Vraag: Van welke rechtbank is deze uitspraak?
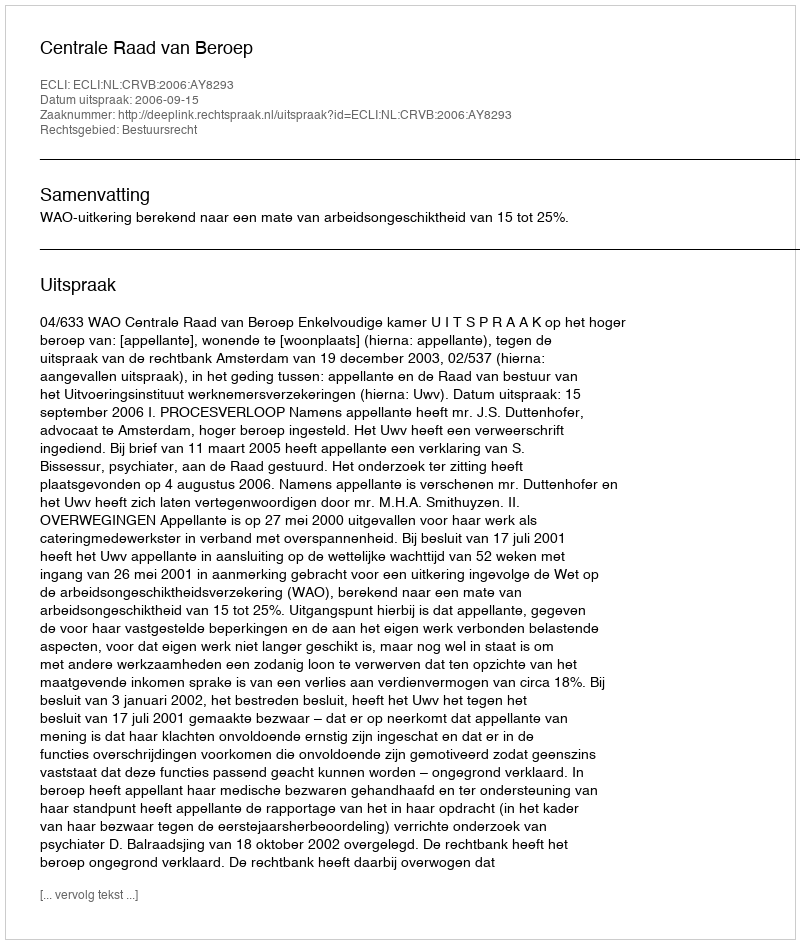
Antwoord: Centrale Raad van Beroep